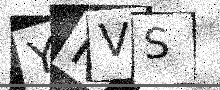
Text: YKVS